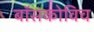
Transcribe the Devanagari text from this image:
बॉसकोविच